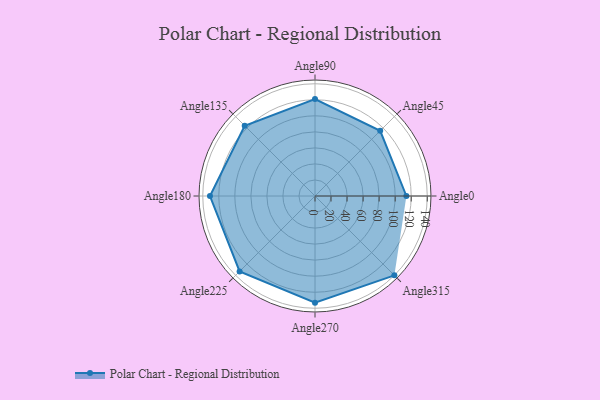
{"axis": {"x": "Angle", "y": "Radius"}, "legend": [""], "data": [{"x": "Angle0", "y": 114.0, "type": ""}, {"x": "Angle45", "y": 115.0, "type": ""}, {"x": "Angle90", "y": 121.0, "type": ""}, {"x": "Angle135", "y": 124.0, "type": ""}, {"x": "Angle180", "y": 131.0, "type": ""}, {"x": "Angle225", "y": 133.0, "type": ""}, {"x": "Angle270", "y": 133.0, "type": ""}, {"x": "Angle315", "y": 140.0, "type": ""}]}